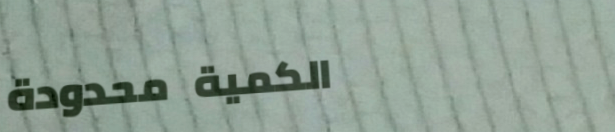
الكمية محدودة